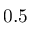
0 . 5